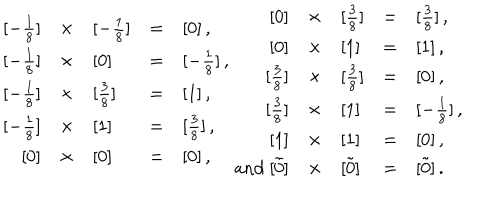
\begin{array} { r c l c l } { { { } [ - \frac { 1 } { 8 } ] } } & { { \times } } & { { [ - \frac { 1 } { 8 } ] } } & { { = } } & { { [ 0 ] \, , } } \\ { { { } [ - \frac { 1 } { 8 } ] } } & { { \times } } & { { [ 0 ] } } & { { = } } & { { [ - \frac { 1 } { 8 } ] \, , } } \\ { { { } [ - \frac { 1 } { 8 } ] } } & { { \times } } & { { [ \frac { 3 } { 8 } ] } } & { { = } } & { { [ 1 ] \, , } } \\ { { { } [ - \frac { 1 } { 8 } ] } } & { { \times } } & { { [ 1 ] } } & { { = } } & { { [ \frac { 3 } { 8 } ] \, , } } \\ { { { } [ 0 ] } } & { { \times } } & { { [ 0 ] } } & { { = } } & { { [ 0 ] \, , } } \\ \end{array} \begin{array} { r c l c l } { { { } [ 0 ] } } & { { \times } } & { { [ \frac { 3 } { 8 } ] } } & { { = } } & { { [ \frac { 3 } { 8 } ] \, , } } \\ { { { } [ 0 ] } } & { { \times } } & { { [ 1 ] } } & { { = } } & { { [ 1 ] \, , } } \\ { { { } [ \frac { 3 } { 8 } ] } } & { { \times } } & { { [ \frac { 3 } { 8 } ] } } & { { = } } & { { [ 0 ] \, , } } \\ { { { } [ \frac { 3 } { 8 } ] } } & { { \times } } & { { [ 1 ] } } & { { = } } & { { [ - \frac { 1 } { 8 } ] \, , } } \\ { { { } [ 1 ] } } & { { \times } } & { { [ 1 ] } } & { { = } } & { { [ 0 ] \, , } } \\ { { \mathrm { a n d \ } { } [ \tilde { 0 } ] } } & { { \times } } & { { [ \tilde { 0 } ] } } & { { = } } & { { [ \tilde { 0 } ] \, . } } \\ \end{array}